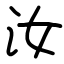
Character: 汝